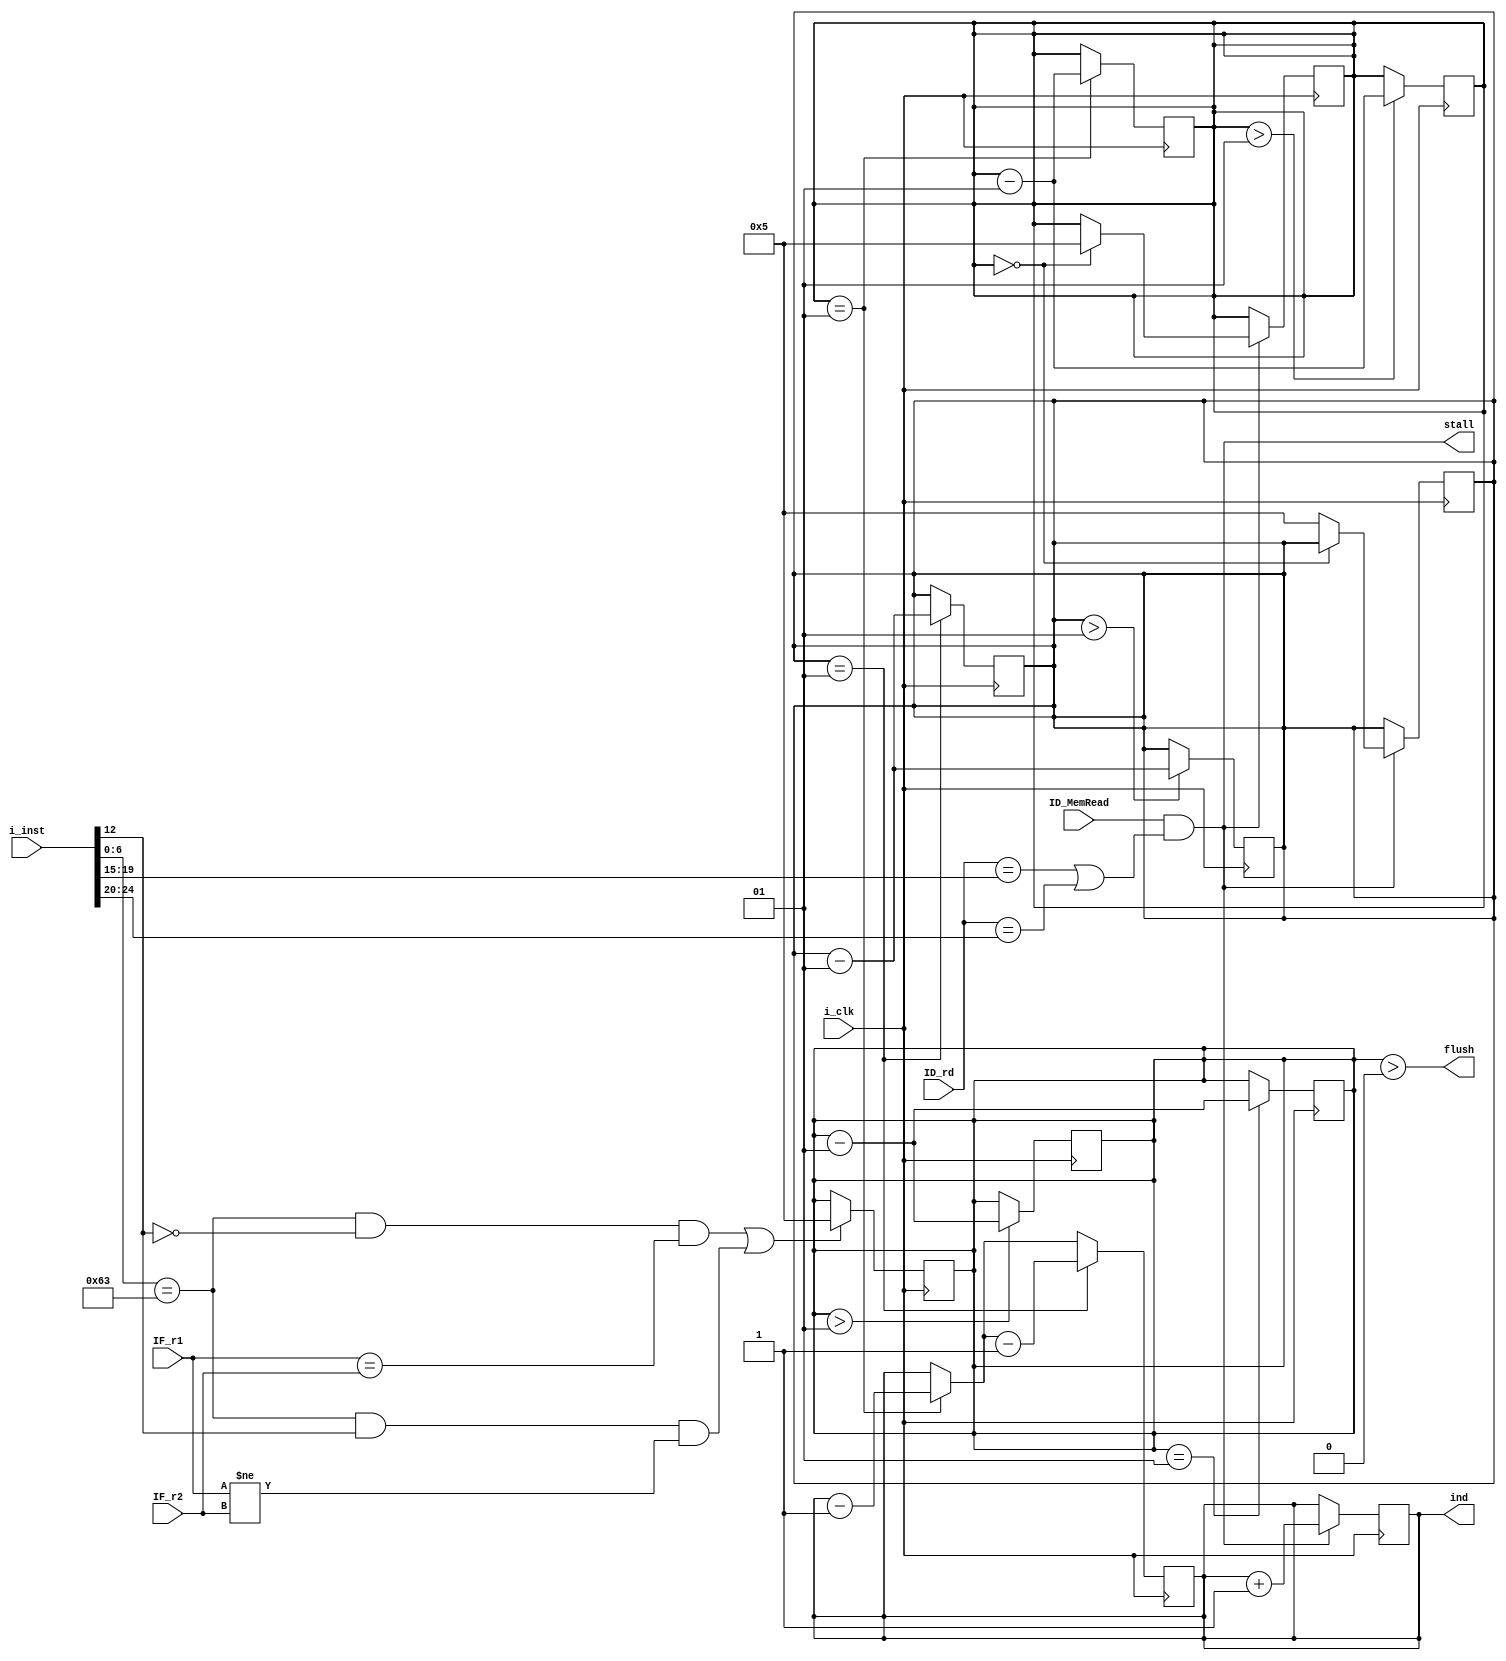
module Hazard_Unit #(
    parameter DATA_W = 64
) (
    input                   i_clk,
    input                   ID_MemRead,
    input   [4:0]           ID_rd,
    input   [DATA_W-1:0]    IF_r1,
    input   [DATA_W-1:0]    IF_r2,
    input   [31:0]          i_inst,
    output                  flush,
    output                  stall,
    output  [1:0]           ind
);

wire        o_load_use_hazard;
wire        o_branch_hazard;
wire        beq, bne, br;
wire [4:0]  IF_rs1, IF_rs2;

assign IF_rs1   = i_inst[19:15];
assign IF_rs2   = i_inst[24:20];

assign beq = (i_inst[6:0] == 7'b1100011) & (i_inst[12] == 0);
assign bne = (i_inst[6:0] == 7'b1100011) & (i_inst[12] == 1);
assign br  = (beq & (IF_r1 == IF_r2)) | (bne & (IF_r1 != IF_r2));

assign o_load_use_hazard = ID_MemRead & ((ID_rd == IF_rs1) || (ID_rd == IF_rs2));
assign o_branch_hazard = br;


reg [1:0] ind_r = 0;
assign ind      = ind_r;
assign flush    = bh_cnt > 0;
assign stall    = o_load_use_hazard;

integer bh_cnt = 0;
integer dh_cnt1 = 0;
integer dh_cnt2 = 0;

always @(posedge i_clk) begin
    if (dh_cnt1 > 1) begin
        dh_cnt1 = dh_cnt1 - 1;
    end

    if (dh_cnt2 > 1) begin
        dh_cnt2 = dh_cnt2 - 1;
    end

    if (bh_cnt > 1) begin
        bh_cnt = bh_cnt - 1;
    end
end

always @(negedge i_clk) begin
    if (dh_cnt1 == 1) begin
        dh_cnt1 = dh_cnt1 - 1;
        ind_r = ind_r - 1;
    end

    if (dh_cnt2 == 1) begin
        dh_cnt2 = dh_cnt2 - 1;
        ind_r = ind_r - 1;
    end

    if (bh_cnt == 1) begin
        bh_cnt = bh_cnt - 1;
    end
end

always @(negedge i_clk) begin
    if (o_load_use_hazard) begin
        ind_r = ind_r + 1;

        if (dh_cnt1 == 0) begin
            dh_cnt1 = 5;
        end
        else begin
            dh_cnt2 = 5;
        end
    end
end

always @(negedge i_clk) begin
    if (o_branch_hazard) begin
        bh_cnt = 5;
    end
end

endmodule